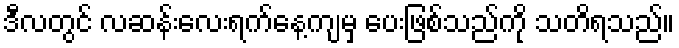
ဒီလတွင် လဆန်းလေးရက်နေ့ကျမှ ပေးဖြစ်သည်ကို သတိရသည်။